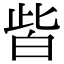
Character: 𤽤